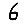
Digit: 6